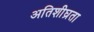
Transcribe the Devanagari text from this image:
अतिशीघ्रता